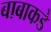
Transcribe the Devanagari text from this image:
बाबाकडे